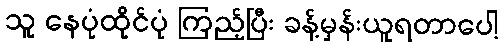
သူ နေပုံထိုင်ပုံ ကြည့်ပြီး ခန့်မှန်းယူရတာပေါ့